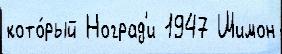
кото́рый Ноград'и 1947 Шимон